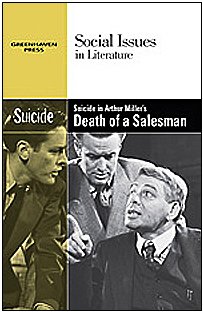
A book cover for Suicide in Arthur Miller's Death of a Salesman (Social Issues in Literature); Alicia Cafferty Lerner; Teen & Young Adult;